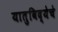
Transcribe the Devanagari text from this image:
यातुविद्येचे